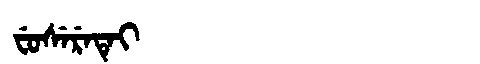
Manchu: ᠸᡠᠰᡝᡵᡝᡨᡝᡳ
Romanization: FUSERETEI